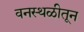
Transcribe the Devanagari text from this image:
वनस्थळीतून